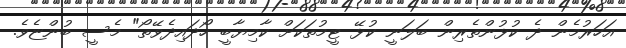
އަހަރުމެން ދެ ކުޅުންތެރިން ބަލަނީ ކުޅޭ ޓީމުތަކަށް ކާމިޔާބީ ހޯދައިދެވޭތޯ" މެސީ ބުންޏެވެ.